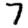
Digit: 7